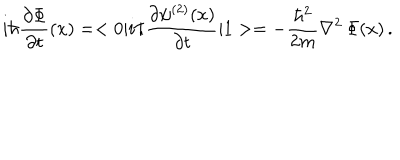
i \hbar { \frac { \partial \Phi } { \partial t } } ( x ) = < 0 | i \hbar { \frac { \partial \psi ^ { ( 2 ) } ( x ) } { \partial t } } | 1 > = - { \frac { \hbar ^ { 2 } } { 2 m } } \nabla ^ { 2 } \, \Phi ( x ) \, .